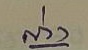
ล่าง